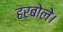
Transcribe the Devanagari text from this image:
हरबोले।